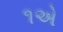
૧એ